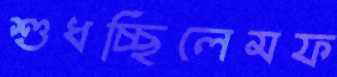
শুধচ্ছিলেমফ